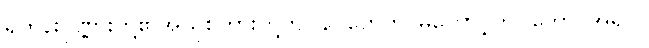
ရဟန်းပုဏ္ဏားတို့၏အယူစကားတို့ကို။ နပိဟေတိ၊ မတောင့်တ။ ဘော၊ အရှင်။